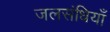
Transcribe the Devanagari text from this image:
जलसंधियाँ